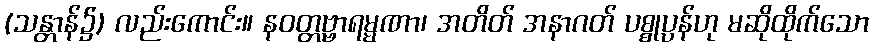
(သန္တာန်၌) လည်းကောင်း။ နဝတ္တဗ္ဗာရမ္မဏာ၊ အတိတ် အနာဂတ် ပစ္စုပ္ပန်ဟု မဆိုထိုက်သော